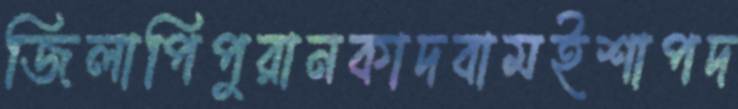
জিলাপিপুরানকাদবামইশাপদ